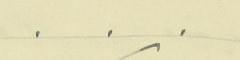
.    .    .